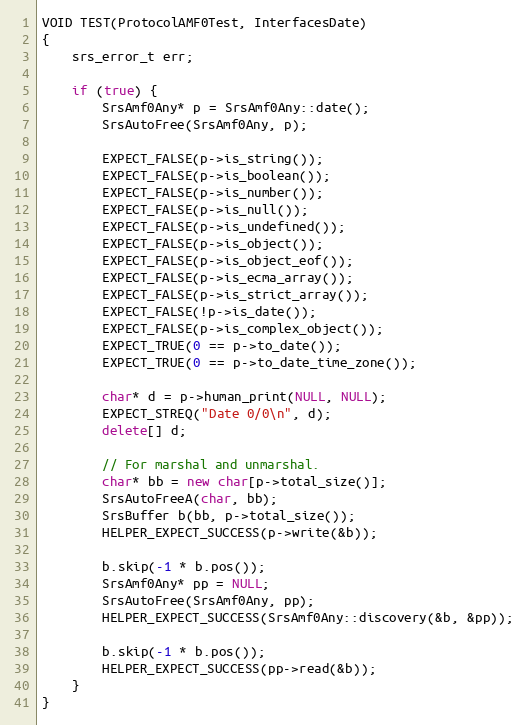
Language: C++
VOID TEST(ProtocolAMF0Test, InterfacesDate)
{
    srs_error_t err;

    if (true) {
        SrsAmf0Any* p = SrsAmf0Any::date();
        SrsAutoFree(SrsAmf0Any, p);

        EXPECT_FALSE(p->is_string());
        EXPECT_FALSE(p->is_boolean());
        EXPECT_FALSE(p->is_number());
        EXPECT_FALSE(p->is_null());
        EXPECT_FALSE(p->is_undefined());
        EXPECT_FALSE(p->is_object());
        EXPECT_FALSE(p->is_object_eof());
        EXPECT_FALSE(p->is_ecma_array());
        EXPECT_FALSE(p->is_strict_array());
        EXPECT_FALSE(!p->is_date());
        EXPECT_FALSE(p->is_complex_object());
        EXPECT_TRUE(0 == p->to_date());
        EXPECT_TRUE(0 == p->to_date_time_zone());

        char* d = p->human_print(NULL, NULL);
        EXPECT_STREQ("Date 0/0\n", d);
        delete[] d;

        // For marshal and unmarshal.
        char* bb = new char[p->total_size()];
        SrsAutoFreeA(char, bb);
        SrsBuffer b(bb, p->total_size());
        HELPER_EXPECT_SUCCESS(p->write(&b));

        b.skip(-1 * b.pos());
        SrsAmf0Any* pp = NULL;
        SrsAutoFree(SrsAmf0Any, pp);
        HELPER_EXPECT_SUCCESS(SrsAmf0Any::discovery(&b, &pp));

        b.skip(-1 * b.pos());
        HELPER_EXPECT_SUCCESS(pp->read(&b));
    }
}